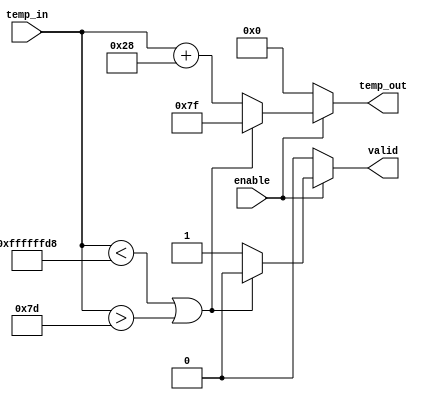
module thermal_encoder (
    input wire [6:0] temp_in,  // 7-bit signed input for temperature (-40 to 125)
    input wire enable,          // Enable signal to control the output
    output reg [6:0] temp_out,  // 7-bit output for encoded temperature
    output reg valid            // Output validity signal
);

    // Define the temperature range limits
    localparam TEMP_MIN = -40;  // Minimum temperature in Celsius
    localparam TEMP_MAX = 125;   // Maximum temperature in Celsius
    localparam ERROR_CODE = 7'b1111111; // Error code when out of range

    always @(*) begin
        if (enable) begin
            if (temp_in < TEMP_MIN || temp_in > TEMP_MAX) begin
                // If temperature is out of range, set output to ERROR_CODE
                temp_out = ERROR_CODE;
                valid = 0; // Invalid output
            end else begin
                // Map the input temperature to a binary output
                // Offset the input to fit into the 7-bit output range
                temp_out = temp_in + 40; // Shift range from [-40, 125] to [0, 165]
                valid = 1; // Valid output
            end
        end else begin
            // If not enabled, output is undefined or can be set to a default state
            temp_out = 7'b0000000; // Default output
            valid = 0; // Invalid output
        end
    end

endmodule